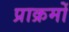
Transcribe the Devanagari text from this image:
प्राक्रमों